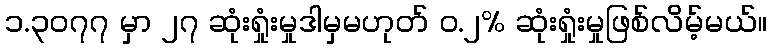
၁.၃၀၇၇ မှာ ၂၇ ဆုံးရှုံးမှုဒါမှမဟုတ် ၀.၂% ဆုံးရှုံးမှုဖြစ်လိမ့်မယ်။